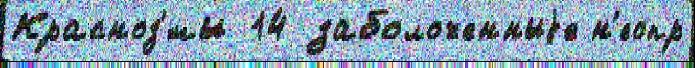
Красноз'́мы 14 заболоченныjе н'еопр